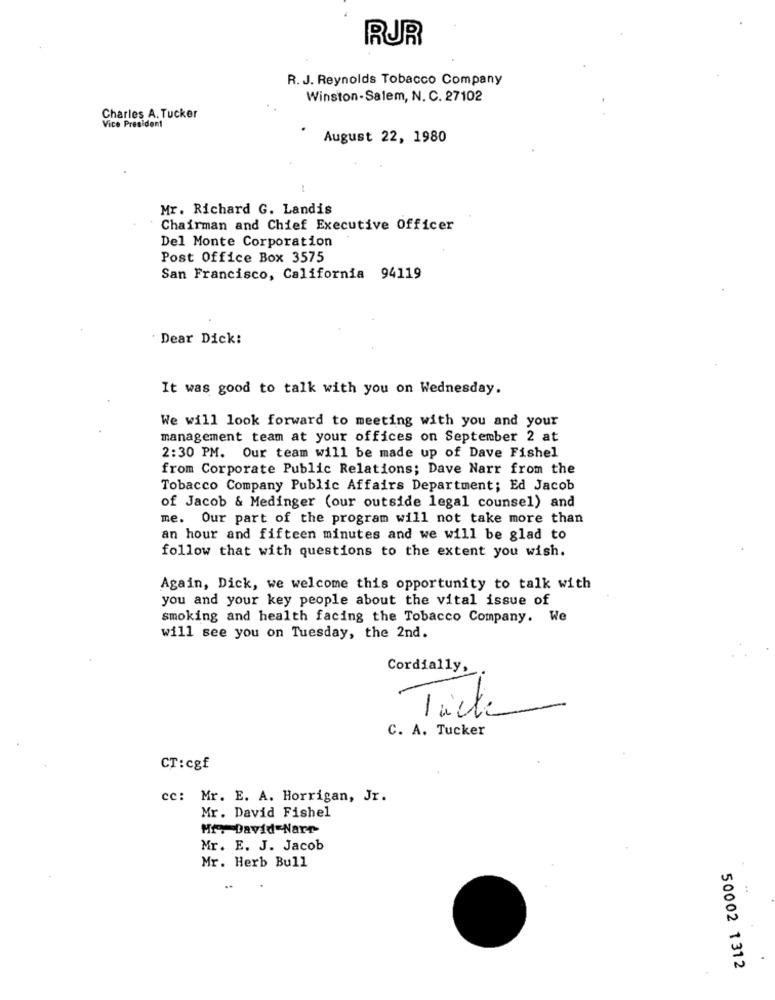
RUR
R. J. Reynolds Tobacco Company
Winston-Salem, N. C. 27102
Charles A. Tucker
Vice President
August 22, 1980
Mr. Richard G. Landis
Chairman and Chief Executive Officer
Del Monte Corporation
Post Office Box 3575
San Francisco, California 94119
Dear Dick:
It was good to talk with you on Wednesday.
We will look forward to meeting with you and your
management team at your offices on September 2 at
2:30 PM. Our team will be made up of Dave Fishel
from Corporate Public Relations; Dave Narr from the
Tobacco Company Public Affairs Department; Ed Jacob
of Jacob & Medinger (our outside legal counsel) and
me. Our part of the program will not take more than
an hour and fifteen minutes and we will be glad to
follow that with questions to the extent you wish.
Again, Dick, we welcome this opportunity to talk with
you and your key people about the vital issue of
smoking and health facing the Tobacco Company. We
will see you on Tuesday, the 2nd.
Cordially,
Tick
C. A. Tucker
CT:cgf
cc: Mr. E. A. Horrigan, Jr.
Mr. David Fishel
Mr. David-Narr
Mr. E. J. Jacob
Mr. Herb Bull
50002 1312